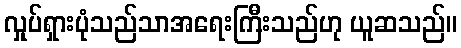
လှုပ်ရှားပုံသည်သာအရေးကြီးသည်ဟု ယူဆသည်။